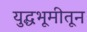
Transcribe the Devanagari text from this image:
युद्धभूमीतून